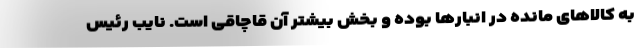
به کالاهای مانده در انبارها بوده و بخش بیشتر آن قاچاقی است. نایب رئیس